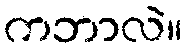
ကဘာလဲ။